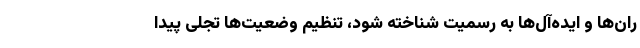
ران‌ها و ایده‌آل‌ها به رسمیت شناخته شود، تنظیم وضعیت‌ها تجلی پیدا